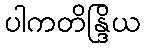
ပါကတိန္ဒြိယ